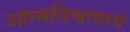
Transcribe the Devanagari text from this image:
आत्मविश्वासाचे